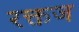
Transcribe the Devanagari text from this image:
रक्तज